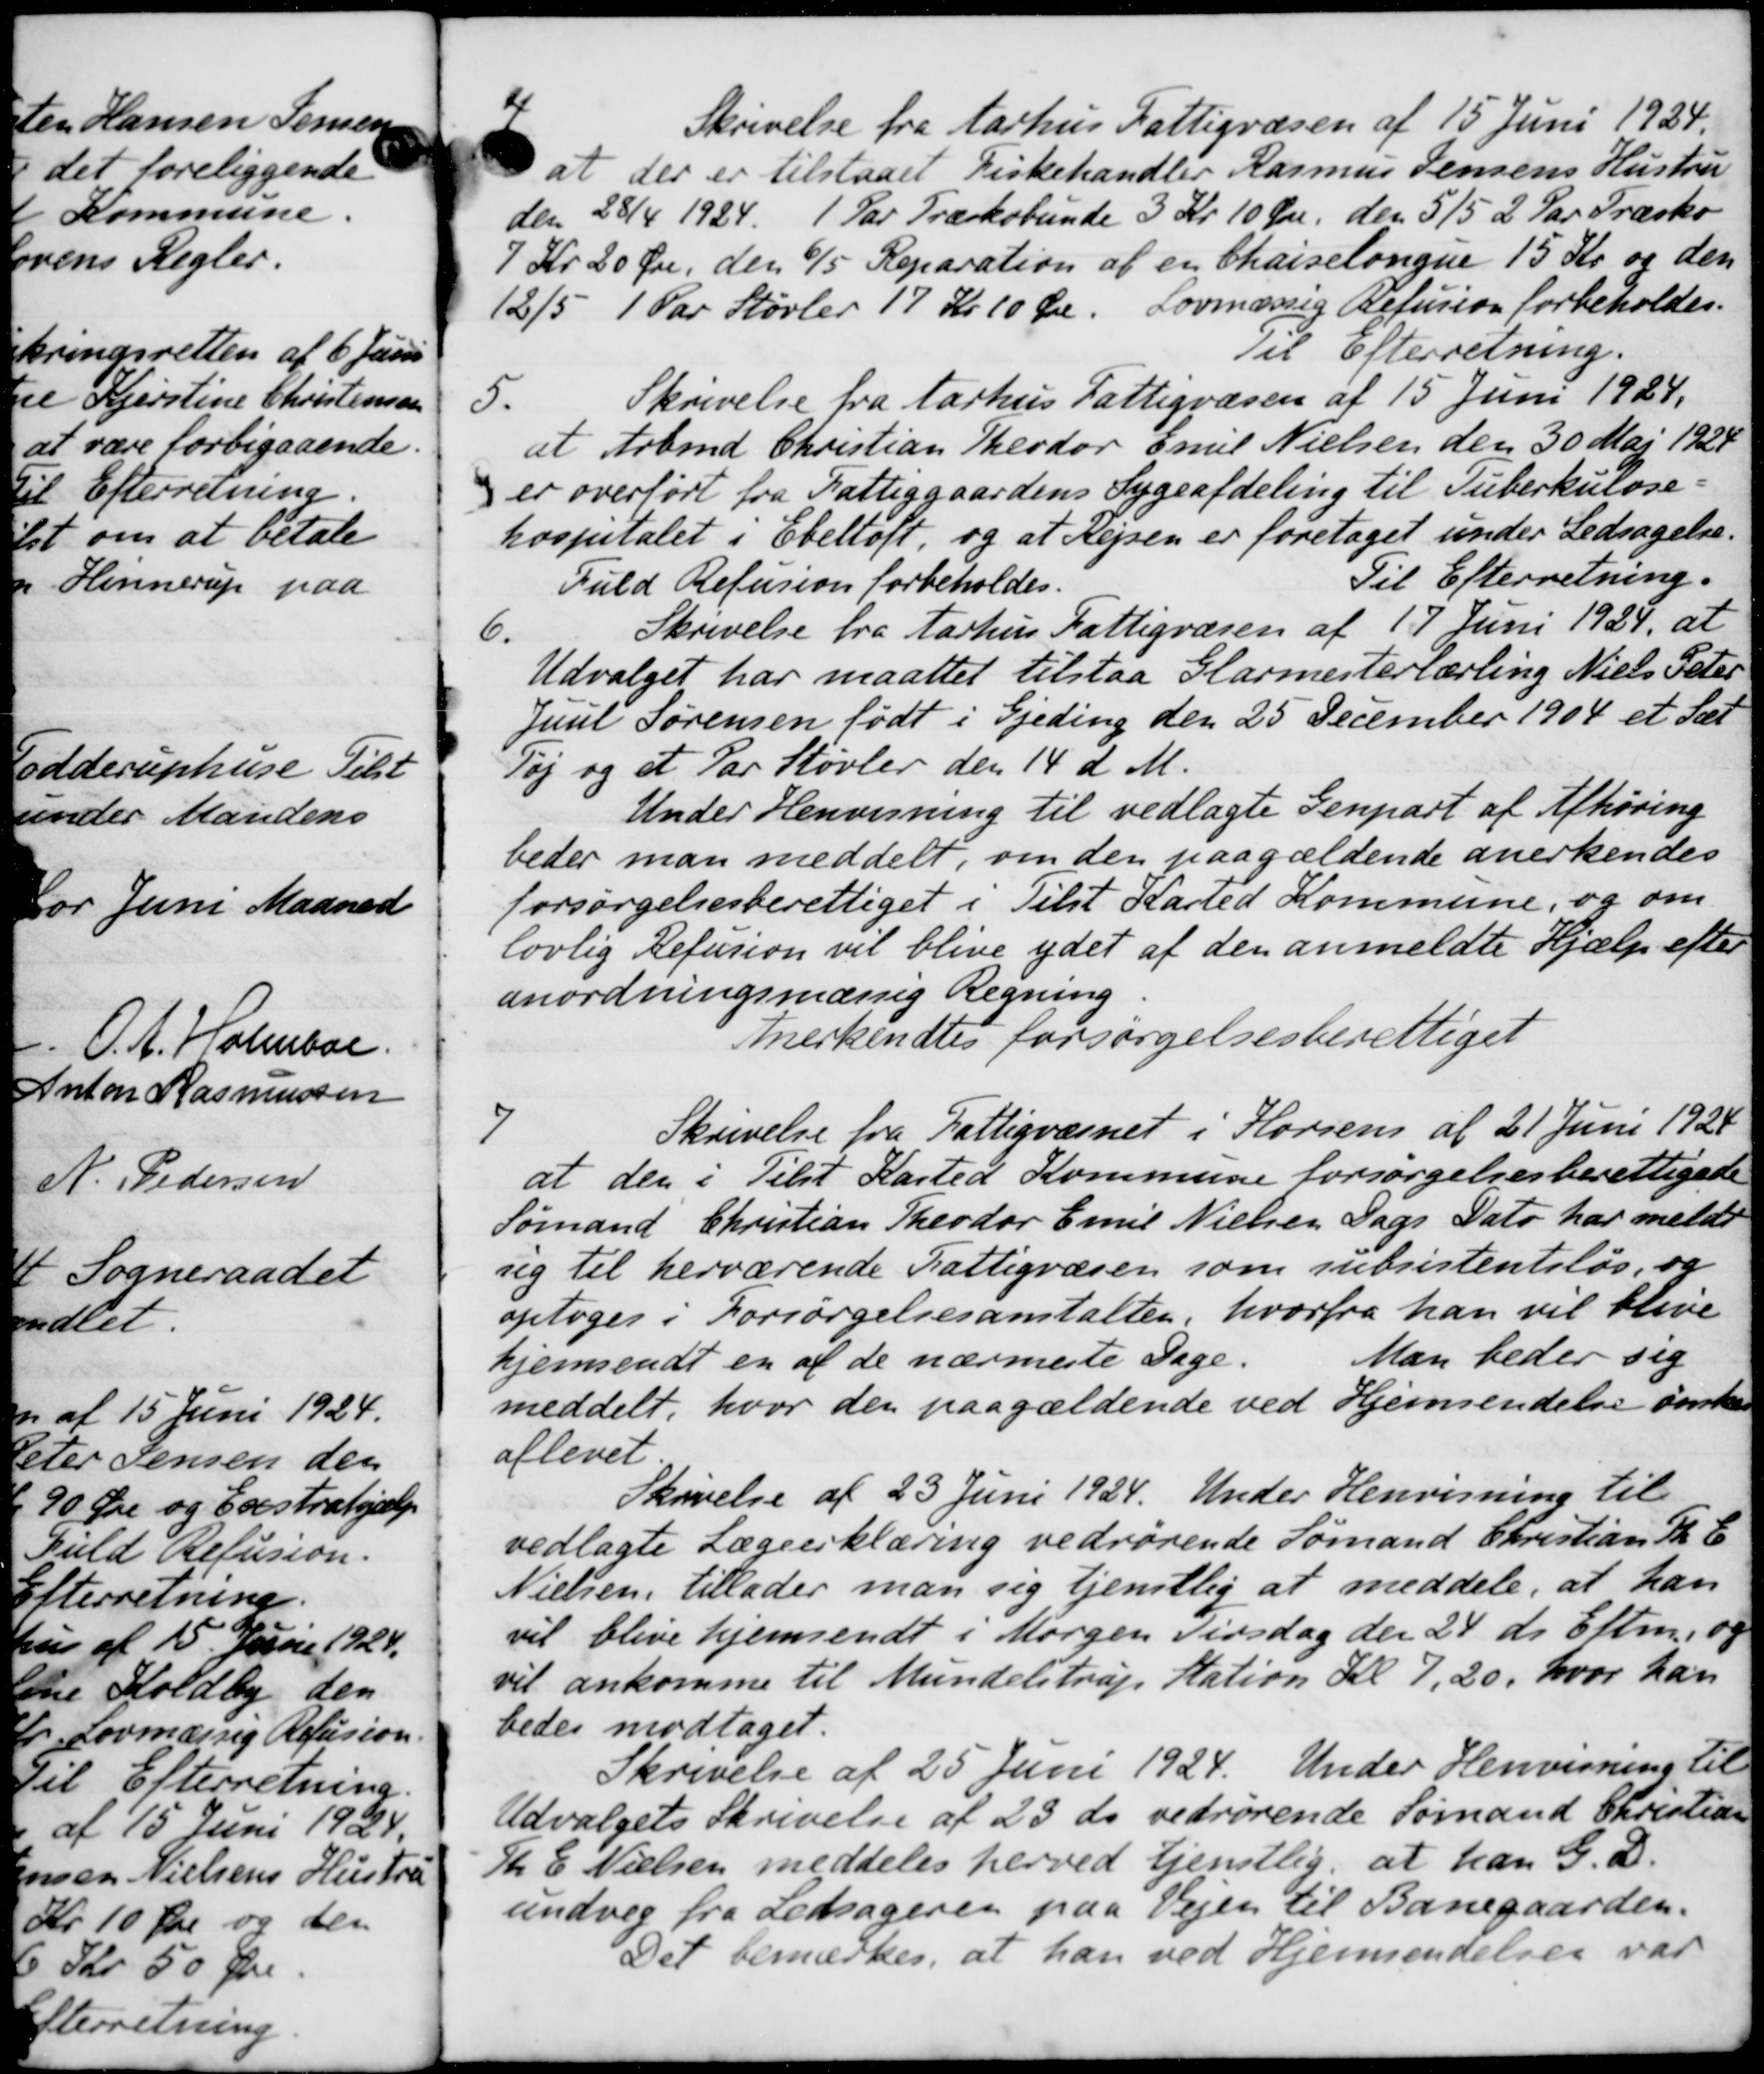
Transskription:
Skrivelse fra Aarhus Fattigvæsen af 15 Juni 1924
at der er tilstaaet Fiskehandler Rasmus Jensens Hustru
den 28/4 1924. 1 Par Træskobunde 3 Kr. 10 Øre den 5/5 2 Par Træsko
7 Kr 20 Øre, den 6/5 Reparation af en Chaiselongne 15 Kr. og den
12/5 1 Par Støvler 17 Kr. 10 Øre. Lovmæssig Refusion forbeholdes.
Til Efterretning.
5.
Skrivelse fra Aarhus Fattigvæsen af 15 Juni 1924.
at Arbmd Christian Theodor Emil Nielsen den 30 Maj 1924
er overført fra Fattiggaardens Sygeafdeling til Tuberkulose-
hospitalet i Ebeltoft, og at Rejsen er foretaget under Ledsagelse.
Fuld Refusion forbeholdes.
Til Efterretning.
6.
Skrivelse fra Aarhus Fattigvæsen af 17 Juni 1924, at
Udvalget har maattet tilstaa Glarmesterlærling Niels Peter
Juul Sørensen født i Gjeding den 25 December 1904 et Sæt
Tøj og et Par Støvler den 14 d. M.
Under Henvisning til vedlagte Genpart af Afhøring
beder man meddelt, om den paagældende anerkendes
forsørgelsesberettiget i Tilst Karted Kommune, og om
lovlig Refusion vil blive ydet af den anmeldte Hjælp efter
anordningsmæssig Regning
Anerkendtes forsørgelsesberettiget
7
Skrivelse fra Fattigvæsnet i Horsens af 21 Juni 1924
at den i Tilst Kasted Kommune forsørgelsesberettigede
Sømand Christian Theodor Emil Nielsen Dags Dato har melde
sig til herværende Fattigvæsen som subsistentsløs, og
optoges i Forsørgelsesanstalten, hvorfra han vil blive
hjemsendt en af de nærmeste Dage.
Man beder sig
meddelt, hvor den paagældende ved Hjemsendelse ønske
aflevet.
Skrivelse af 23 Juni 1924. Under Henvisning til
vedlagte Lægeerklæring vedrørende Sømand Christian Th. E
Nielsen, tillader man sig tjenstlig at meddele, at han
vil blive hjemsendt i Morgen Tirsdag den 24 ds Eftm. og
vil ankomme til Mundelstrup Station Kl. 7,20, hvor han
bedes modtaget.
Skrivelse af 25 Juni 1924. Under Henvisning til
Udvalgets Skrivelse af 23 ds. vedrørende Sømand Christian
Th. E. Nielsen meddeles herved tjenstlig, at han G. D.
undvig fra Ledsageren paa Vejen til Banegaarden.
Det bemærkes, at han ved Hjemsendelsen var